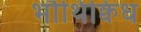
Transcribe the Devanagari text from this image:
भौथिक्विध